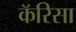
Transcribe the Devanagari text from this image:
कॅरिसा